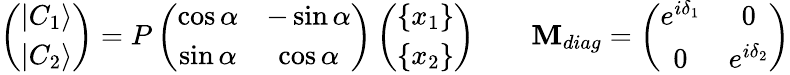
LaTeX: \left(\begin{array}{c}{{\left|C_{1}\right\rangle}}\\ {{\left|C_{2}\right\rangle}}\end{array}\right)=P\left(\begin{array}{cc}{{\cos\alpha}}&{{-\sin\alpha}}\\ {{\sin\alpha}}&{{\cos\alpha}}\end{array}\right)\left(\begin{array}{c}{{\left\{ x_{1}\right\} }}\\ {{\left\{ x_{2}\right\} }}\end{array}\right)\qquad\mathbf{M}_{diag}=\left(\begin{array}{cc}{{e^{i\delta_{1}}}}&{{0}}\\ {{0}}&{{e^{i\delta_{2}}}}\end{array}\right)